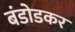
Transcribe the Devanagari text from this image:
बंडोडकर